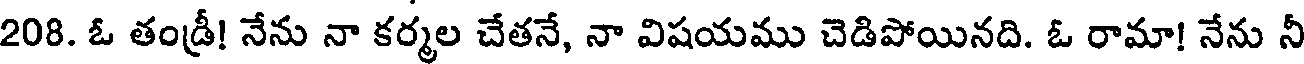
208. ఓ తండ్రీ! నేను నా కర్మల చేతనే, నా విషయము చెడిపోయినది. ఓ రామా! నేను నీ